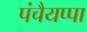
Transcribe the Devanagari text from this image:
पंचैयप्पा